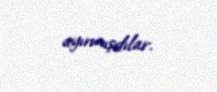
ayırmışdılar.